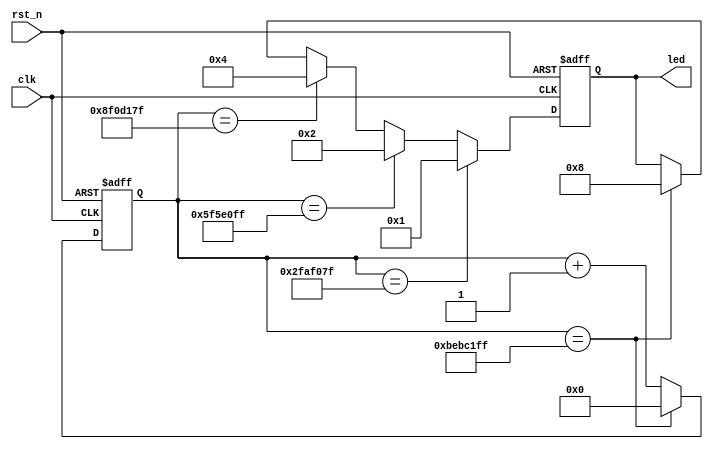
//module <> (<>)
/**/
//input <>
//output <>
//inout <>
/**/
//wire    //nets//
//reg     //register//       
//integer
/**/
//assign <>=<>    //assign
//always @(<>)      //always
//begin
//
//
//
//
//end
/**/
//<module_name><instance_name><port_list>
//endmodule

//`timescale 1ns / 1ps

module led_text
(
clk,           // : 50Mhz
rst_n,         // 
led            // LED,LED(LED0~LED3)
);
             
//=====================================================
// PORT declarations
//======================================================
input clk;
input rst_n;
output [3:0] led;

//
reg [31:0] timer;                  
reg [3:0] led;


//========================================================
// :0~4
//===================================================
always @(posedge clk or negedge rst_n)    //
begin
if (~rst_n)                           //
timer <= 0;                       //  
else if (timer == 32'd199_999_999)    //50MHz4(50M*4-1=199_999_999)
timer <= 0;                       //4
else
timer <= timer + 1'b1;            //1
end

//=====================================================
// LED
//=====================================================
always @(posedge clk or negedge rst_n)   //
begin
if (~rst_n)                           //
led <= 4'b0000;                  //LEDLED           
else if (timer == 32'd49_999_999)      //1
led <= 4'b0001;                  //LED1
else if (timer == 32'd99_999_999)      //2
led <= 4'b0010;                  //LED2
else if (timer == 32'd149_999_999)     //3
led <= 4'b0100;                  //LED3                           
else if (timer == 32'd199_999_999)     //4
led <= 4'b1000;                  //LED4        
end
    
endmodule